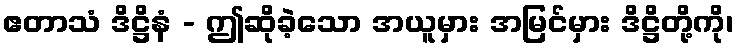
ဧတာသံ ဒိဋ္ဌိနံ - ဤဆိုခဲ့သော အယူမှား အမြင်မှား ဒိဋ္ဌိတို့ကို၊